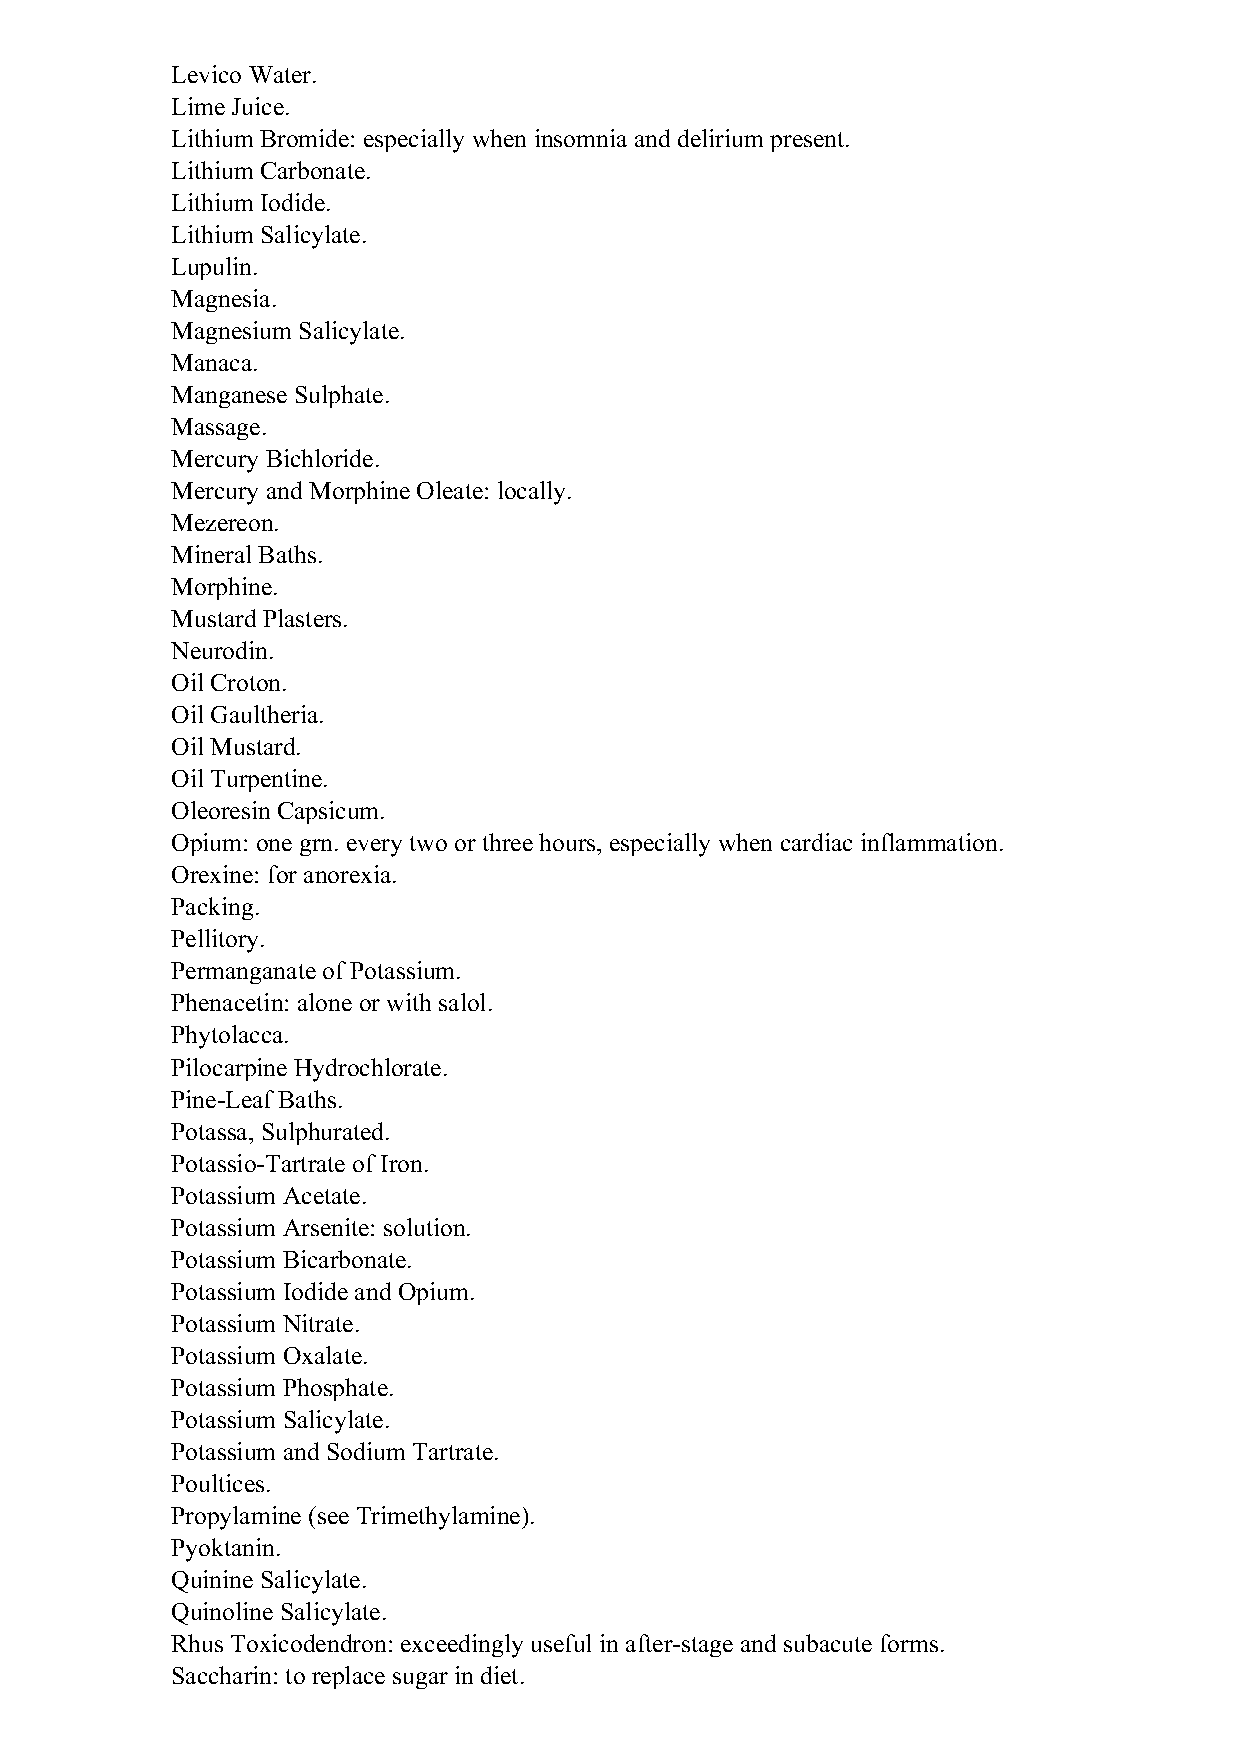
Levico Water.
 Lime Juice.
 Lithium Bromide: especially when insomnia and delirium present.
 Lithium Carbonate.
 Lithium Iodide.
 Lithium Salicylate.
 Lupulin.
 Magnesia.
 Magnesium Salicylate.
 Manaca.
 Manganese Sulphate.
 Massage.
 Mercury Bichloride.
 Mercury and Morphine Oleate: locally.
 Mezereon.
 Mineral Baths.
 Morphine.
 Mustard Plasters.
 Neurodin.
 Oil Croton.
 Oil Gaultheria.
 Oil Mustard.
 Oil Turpentine.
 Oleoresin Capsicum.
 Opium: one grn. every two or three hours, especially when cardiac inflammation.
 Orexine: for anorexia.
 Packing.
 Pellitory.
 Permanganate of Potassium.
 Phenacetin: alone or with salol.
 Phytolacca.
 Pilocarpine Hydrochlorate.
 Pine-Leaf Baths.
 Potassa, Sulphurated.
 Potassio-Tartrate of Iron.
 Potassium Acetate.
 Potassium Arsenite: solution.
 Potassium Bicarbonate.
 Potassium Iodide and Opium.
 Potassium Nitrate.
 Potassium Oxalate.
 Potassium Phosphate.
 Potassium Salicylate.
 Potassium and Sodium Tartrate.
 Poultices.
 Propylamine (see Trimethylamine).
 Pyoktanin.
 Quinine Salicylate.
 Quinoline Salicylate.
 Rhus Toxicodendron: exceedingly useful in after-stage and subacute forms.
 Saccharin: to replace sugar in diet.